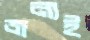
জন্যই